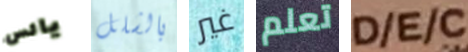
يائس بالشلل غير تعلم D/E/C